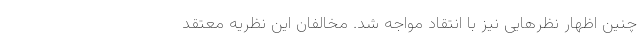
چنین اظهار نظرهایی نیز با انتقاد مواجه شد. مخالفان این نظریه معتقد